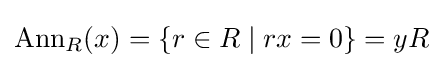
\operatorname {Ann} _{R}(x)=\{r\in R\mid rx=0\}=yR